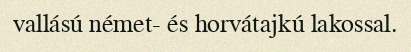
vallású német- és horvátajkú lakossal.